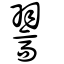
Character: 翯